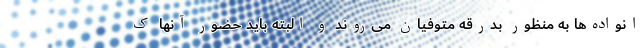
انواده‌ها به منظور بدرقه متوفیان می‌روند و البته باید حضور آنها ک